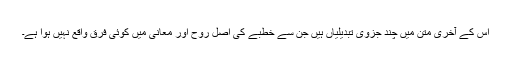
اس کے آخری متن میں چند جزوی تبدیلیاں ہیں جن سے خطبے کی اصل روح اور معانی میں کوئی فرق واقع نہیں ہوا ہے۔